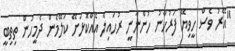
"އޭރު ވެސް ހީވިޔޭ ފަރުހާނު ހުންނާނީ ރުހައިލާ އެއްކޮޅަށޭ ކަލޭމެން ދެމީހުން ތިތިބީ